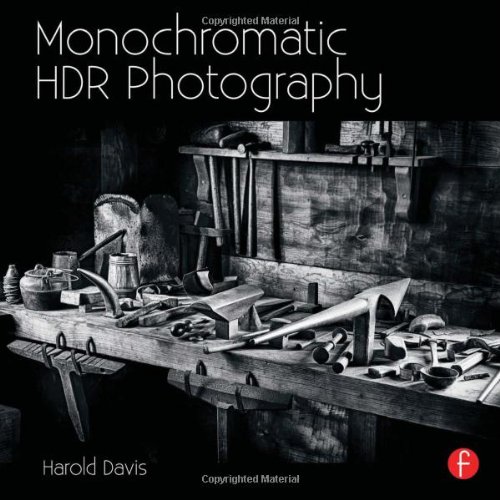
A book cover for Monochromatic HDR Photography: Shooting and Processing Black & White High Dynamic Range Photos; Harold Davis; Arts & Photography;